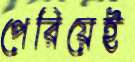
পেরিয়েই